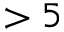
> 5